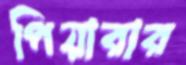
পিয়ারার